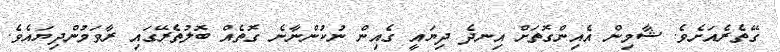
ގޭތެރެއަށެވެ. ޝާމިން އެއިންގޮތަށް އިނދެ ދިޔައީ ގެއިން ނުކުންނާނެ ގޮތެއް ބޮލުތެރޭގައި ރާވަމުންދިޔައެވެ.